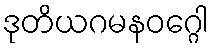
ဒုတိယဂမနဝဂ္ဂေါ